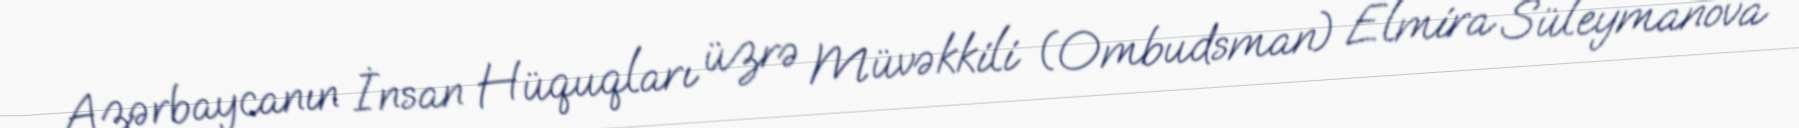
Azərbaycanın İnsan Hüquqları üzrə Müvəkkili (Ombudsman) Elmira Süleymanova